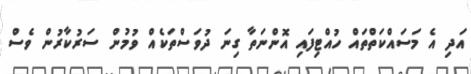
އަދި އެ މަސައްކަތްތައް ހުއްޓިފައި އޮންނަތާ ގިނަ ދުވަސްތަކެއް ވުމުން ސަރުކާރުން ވެސް